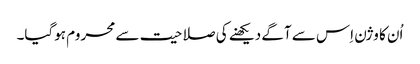
اُن کا وژن اِس سے آگے دیکھنے کی صلاحیت سے محروم ہوگیا۔